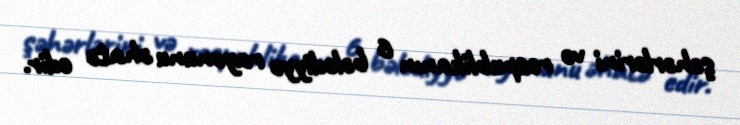
şəhərlərini və respublikanın 6 bələdiyyə rayonunu əhatə edir.